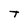
Character: T